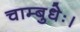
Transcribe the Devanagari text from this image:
चाम्बुधेः।